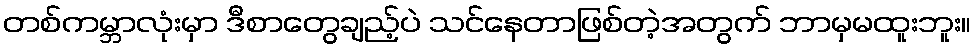
တစ်ကမ္ဘာလုံးမှာ ဒီစာတွေချည့်ပဲ သင်နေတာဖြစ်တဲ့အတွက် ဘာမှမထူးဘူး။